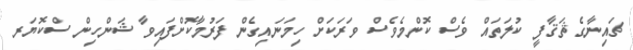
ޗައިނާގެ ޘަޤާފީ ކުލަތައް ވެސް ކޮންމެވެސް ވަރަކަށް ހިމަނައިގެން ފަރުމާކޮށްފައިވާ ޝަންހިން ސްކޮޔަރ